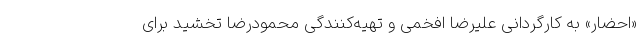
«احضار» به کارگردانی علیرضا افخمی و تهیه‌کنندگی محمودرضا تخشید برای